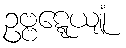
ဥဗ္ဗဋ္ဋေယျုံ